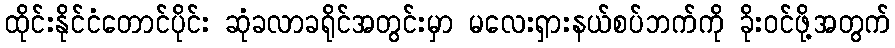
ထိုင်းနိုင်ငံတောင်ပိုင်း ဆုံခလာခရိုင်အတွင်းမှာ မလေးရှားနယ်စပ်ဘက်ကို ခိုးဝင်ဖို့အတွက်